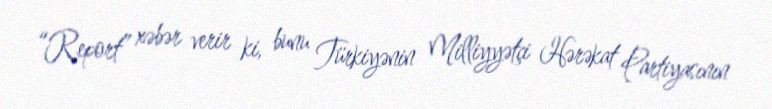
“Report” xəbər verir ki, bunu Türkiyənin Milliyyətçi Hərəkat Partiyasının